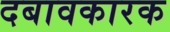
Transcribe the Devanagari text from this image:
दबावकारक